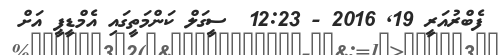
ފެބްރުއަރީ 19